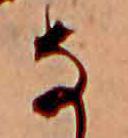
な